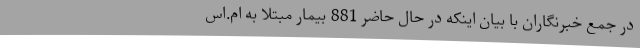
در جمع خبرنگاران با بیان اینکه در حال حاضر 881 بیمار مبتلا به ام.اس